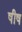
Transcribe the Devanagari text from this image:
षीष